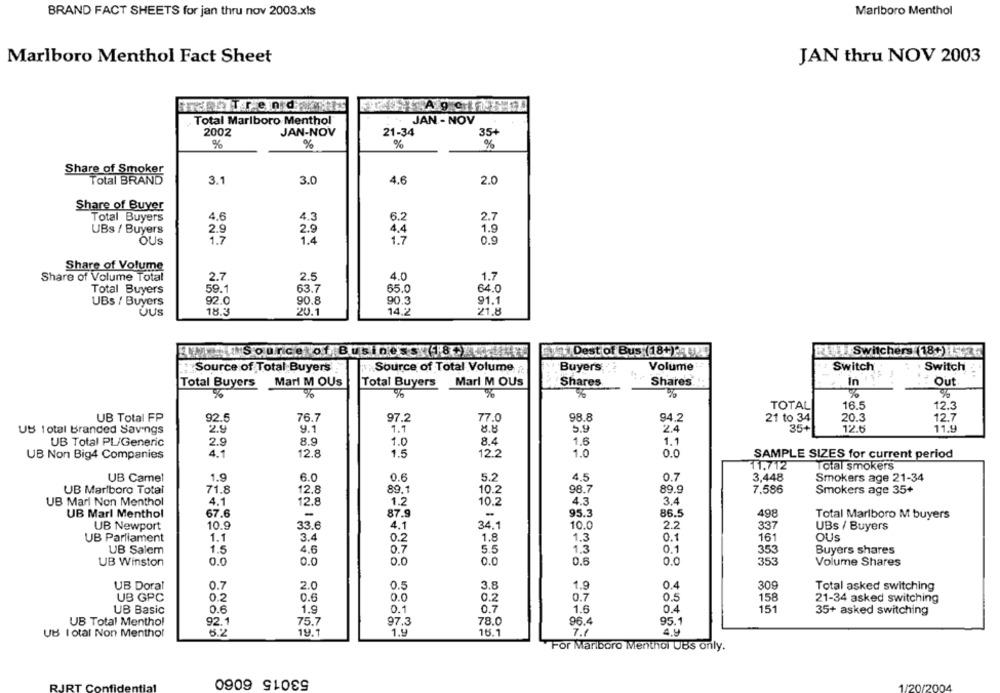
BRAND FACT SHEETS for jan thru nov 2003.xls
Marlboro Menthol
Marlboro Menthol Fact Sheet
JAN thru NOV 2003
Total Marlboro Menthol
JAN - NOV
2002
JAN-NOV
21-34
35+
%
%
%
%
Share of Smoker
Total BRAND
3.1
4.6
2.0
3.0
Share of Buyer
4.3
Total Buyers
4.6
6.2
2.7
UBs / Buyers
2.9
2.9
4.4
1.9
OUS
1.7
1.4
1.7
0.9
Share of Volume
2.7
2.5
4.0
Share of Volume Total
1.7
Total Buyers
59.1
63.7
65.0
64.0
UBs / Buyers
92.0
90.8
90.3
91.1
OUS
18.3
20.1
14.2
21.8
.. +1Source of Business 5/8/204/41.
11 Dest of Bus (18+) :AMX)
Switchers (18+) :25
Source of Total Volume
Buyers
Volume:
Switch
Switch
Source of Total Buyers
Shares
Total Buyers
Mari M OUs
Total Buyers
Mari M OUs
Shares
In
Out
%
%
%
%
%
%
%
TOTAL
16.5
12.3
UB Total FP
92.5
76.7
97.2
77.0
98.8
94.2
21 to 34
20.3
12.7
UB Total Branded Savings
2.9
9.1
1.7
8.8
5.9
2.4
35+
12.6
11.9
UB Total PL/Generic
2.9
8.9
1.0
8.4
1.6
1.1
UB Non Big4 Companies
4.1
12.8
1.5
12.2
1.0
0.0
SAMPLE SIZES for current period
11,712
Total smokers
UB Camel
1.9
6.0
0.6
5.2
4,5
0.7
3,448
Smokers age 21-34
UB Marlboro Total
71.8
12.8
89.1
10.2
98.7
89.9
7,586
Smokers age 35+
UB Mari Non Menthol
4.1
12.8
1.2
10.2
4.3
3.4
67.6
-
87.9
-
95.3
86.5
498
UB Marl Menthol
Total Marlboro M buyers
UB Newport
10.9
33.6
4.1
34.1
10.0
2.2
337
UBs / Buyers
UB Parliament
1.1
3.4
0.2
1.8
1.3
0.1
161
OUs
4.6
UB Salem
1.5
0.7
5.5
1.3
0.1
353
Buyers shares
UB Winston
0.0
O.C
0.0
0.0
0.6
0.0
353
Volume Shares
UB Doral
0.7
2.0
0.5
3.8
1.9
0.4
309
Total asked switching
UB GPC
0.2
0.6
0.0
0.2
0.7
0.5
158
21-34 asked switching
UB Basic
0.6
1.9
0.1
0.7
1.6
0.4
151
35+ asked switching
UB Total Menthol
92.1
75.7
97.3
78.0
96.4
95.1
UB I otal Non Menthol
6.2
19.1
1.9
15.1
7.1
4,9
For Marlboro Menthol UBS only.
53015 6060